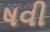
ષવી